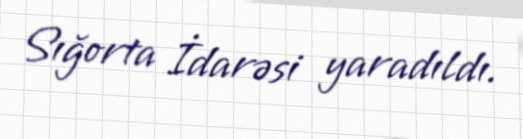
Sığorta İdarəsi yaradıldı.